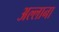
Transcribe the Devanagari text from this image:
अल्लाना